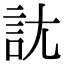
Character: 𧥩